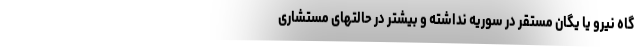
گاه نیرو یا یگان مستقر در سوریه نداشته و بیشتر در حالتهای مستشاری